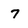
Character: 7